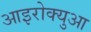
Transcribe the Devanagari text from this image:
आइरोक्युआ